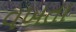
વખતા